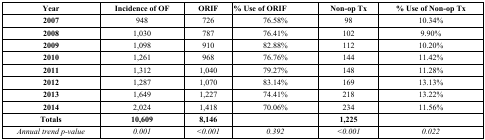
<table><thead><tr><td><b>Year</b></td><td><b>Incidence of OF</b></td><td><b>ORIF</b></td><td><b>% Use of ORIF</b></td><td><b>Non-op Tx</b></td><td><b>% Use of Non-op Tx</b></td></tr></thead><tbody><tr><td><b>2007</b></td><td>948</td><td>726</td><td>76.58%</td><td>98</td><td>10.34%</td></tr><tr><td><b>2008</b></td><td>1,030</td><td>787</td><td>76.41%</td><td>102</td><td>9.90%</td></tr><tr><td><b>2009</b></td><td>1,098</td><td>910</td><td>82.88%</td><td>112</td><td>10.20%</td></tr><tr><td><b>2010</b></td><td>1,261</td><td>968</td><td>76.76%</td><td>144</td><td>11.42%</td></tr><tr><td><b>2011</b></td><td>1,312</td><td>1,040</td><td>79.27%</td><td>148</td><td>11.28%</td></tr><tr><td><b>2012</b></td><td>1,287</td><td>1,070</td><td>83.14%</td><td>169</td><td>13.13%</td></tr><tr><td><b>2013</b></td><td>1,649</td><td>1,227</td><td>74.41%</td><td>218</td><td>13.22%</td></tr><tr><td><b>2014</b></td><td>2,024</td><td>1,418</td><td>70.06%</td><td>234</td><td>11.56%</td></tr><tr><td><b>Totals</b></td><td><b>10,609</b></td><td><b>8,146</b></td><td></td><td><b>1,225</b></td><td></td></tr><tr><td><i>Annual trend p-value</i></td><td><i>0.001</i></td><td><i>&lt;0.001</i></td><td><i>0.392</i></td><td><i>&lt;0.001</i></td><td><i>0.022</i></td></tr></tbody></table>